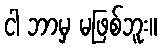
ငါ ဘာမှ မဖြစ်ဘူး။